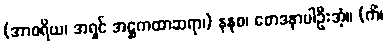
(အာစရိယ၊ အရှင် အဋ္ဌကထာဆရာ၊) နနုစ၊ စောဒနာပါဦးအံ့။ (ကိံ၊